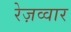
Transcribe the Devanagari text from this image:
रेज़व्वार